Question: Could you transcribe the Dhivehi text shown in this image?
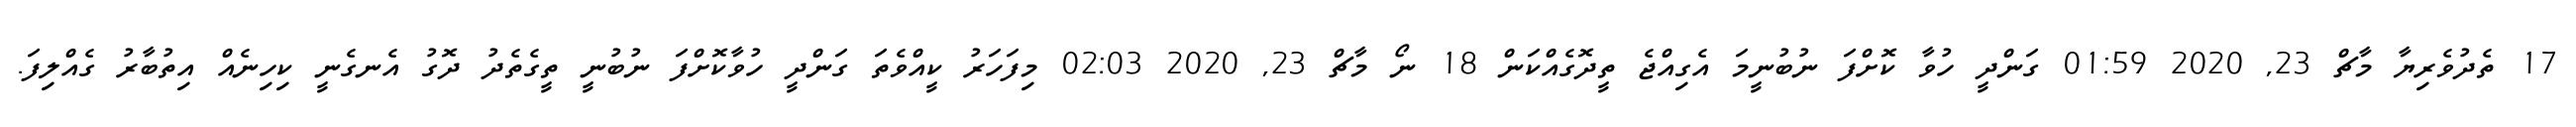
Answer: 17 ތެދުވެރިޔާ މާޗް 23, 2020 01:59 ގަންދީ ހުވާ ކޮށްފަ ނުބުނީމަ އެގިއްޖެ ތީދޮގެއްކަން 18 ނޯ މާޗް 23, 2020 02:03 މިފަހަރު ކީއްވެތަ ގަންދީ ހުވާކޮށްފަ ނުބުނީ ތީގެތެދު ދޮގު އެނގެނީ ކިހިނެއް އިތުބާރު ގެއްލިފަ.